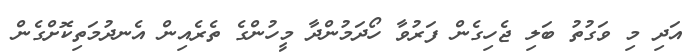
އަދި މި ވަގުތު ބަލި ޖެހިގެން ފަރުވާ ހޯދަމުންދާ މީހުންގެ ތެރެއިން އެނދުމަތިކޮށްގެން